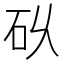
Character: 𮀌